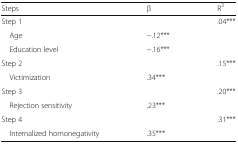
<table><thead><tr><td><b>Steps</b></td><td><b>β</b></td><td><b>R<sup>2</sup></b></td></tr></thead><tbody><tr><td>Step 1</td><td></td><td>.04***</td></tr><tr><td> Age</td><td>−.12***</td><td></td></tr><tr><td> Education level</td><td>−.16***</td><td></td></tr><tr><td>Step 2</td><td></td><td>.15***</td></tr><tr><td> Victimization</td><td>.34***</td><td></td></tr><tr><td>Step 3</td><td></td><td>.20***</td></tr><tr><td> Rejection sensitivity</td><td>.23***</td><td></td></tr><tr><td>Step 4</td><td></td><td>.31***</td></tr><tr><td> Internalized homonegativity</td><td>.35***</td><td></td></tr></tbody></table>